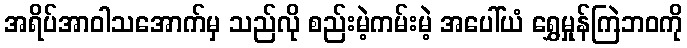
အရိပ်အာဝါသအောက်မှ သည်လို စည်းမဲ့ကမ်းမဲ့ အပေါ်ယံ ရွှေမှုန်ကြဲဘဝကို